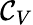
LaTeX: \mathcal{C}_{V}